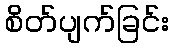
စိတ်ပျက်ခြင်း